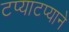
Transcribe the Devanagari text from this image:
टप्याटप्याने